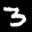
Label: 3